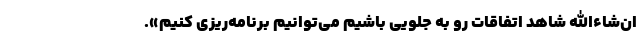
ان‌شاءالله شاهد اتفاقات رو به جلویی باشیم می‌توانیم برنامه‌ریزی کنیم».